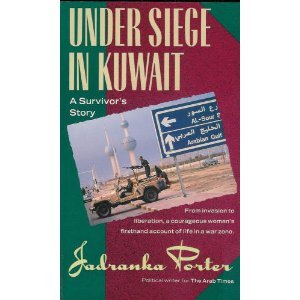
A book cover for Under Siege in Kuwait: A Survivor's Story; Jadranka Porter; History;